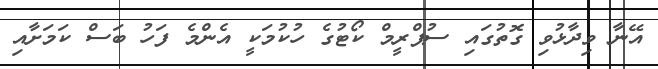
އޭނާ ވިދާޅުވި ގޮތުގައި ސުޕްރީމް ކޯޓުގެ ހުކުމަކީ އެންމެ ފަހު ބަސް ކަމަށާއި